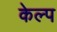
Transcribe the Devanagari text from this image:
केल्प